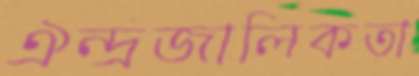
ঐন্দ্রজালিকতা